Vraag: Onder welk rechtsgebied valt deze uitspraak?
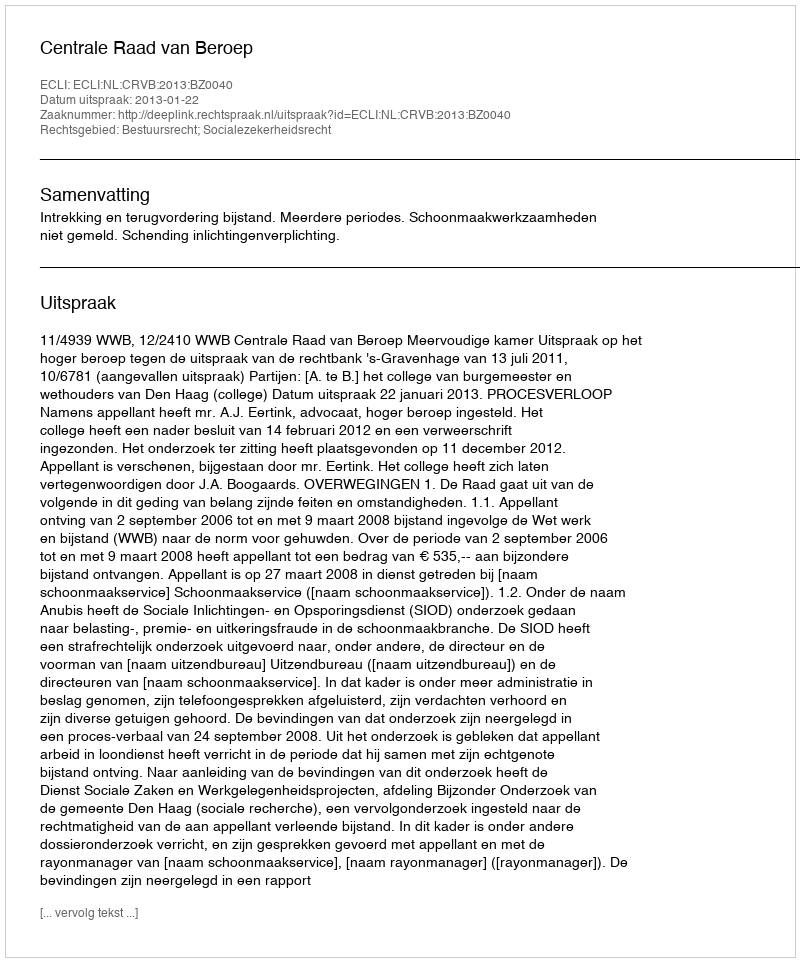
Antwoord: Bestuursrecht; Socialezekerheidsrecht